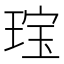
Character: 𱯄